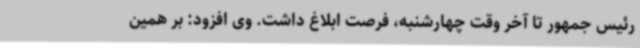
رئیس جمهور تا آخر وقت چهارشنبه، فرصت ابلاغ داشت. وی افزود: بر همین